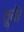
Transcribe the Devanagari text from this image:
तूतें।